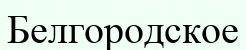
Белгородское